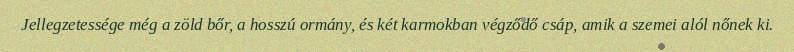
Jellegzetessége még a zöld bőr, a hosszú ormány, és két karmokban végződő csáp, amik a szemei alól nőnek ki.